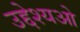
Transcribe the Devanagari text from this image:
उद्देश्यओ